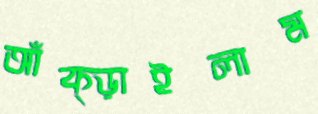
আঁক্‌ড়াইলাম